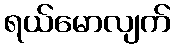
ရယ်မောလျက်